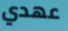
عهدي